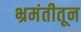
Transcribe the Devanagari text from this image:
भ्रमंतीतून